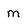
Character: M